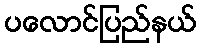
ပလောင်ပြည်နယ်